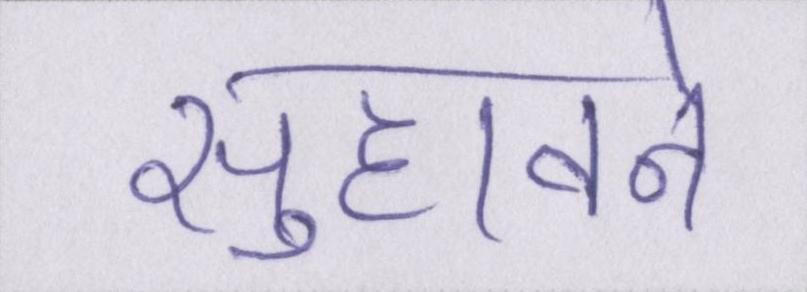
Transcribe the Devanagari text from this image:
सुहावने